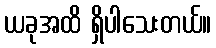
ယခုအထိ ရှိပါသေးတယ်။